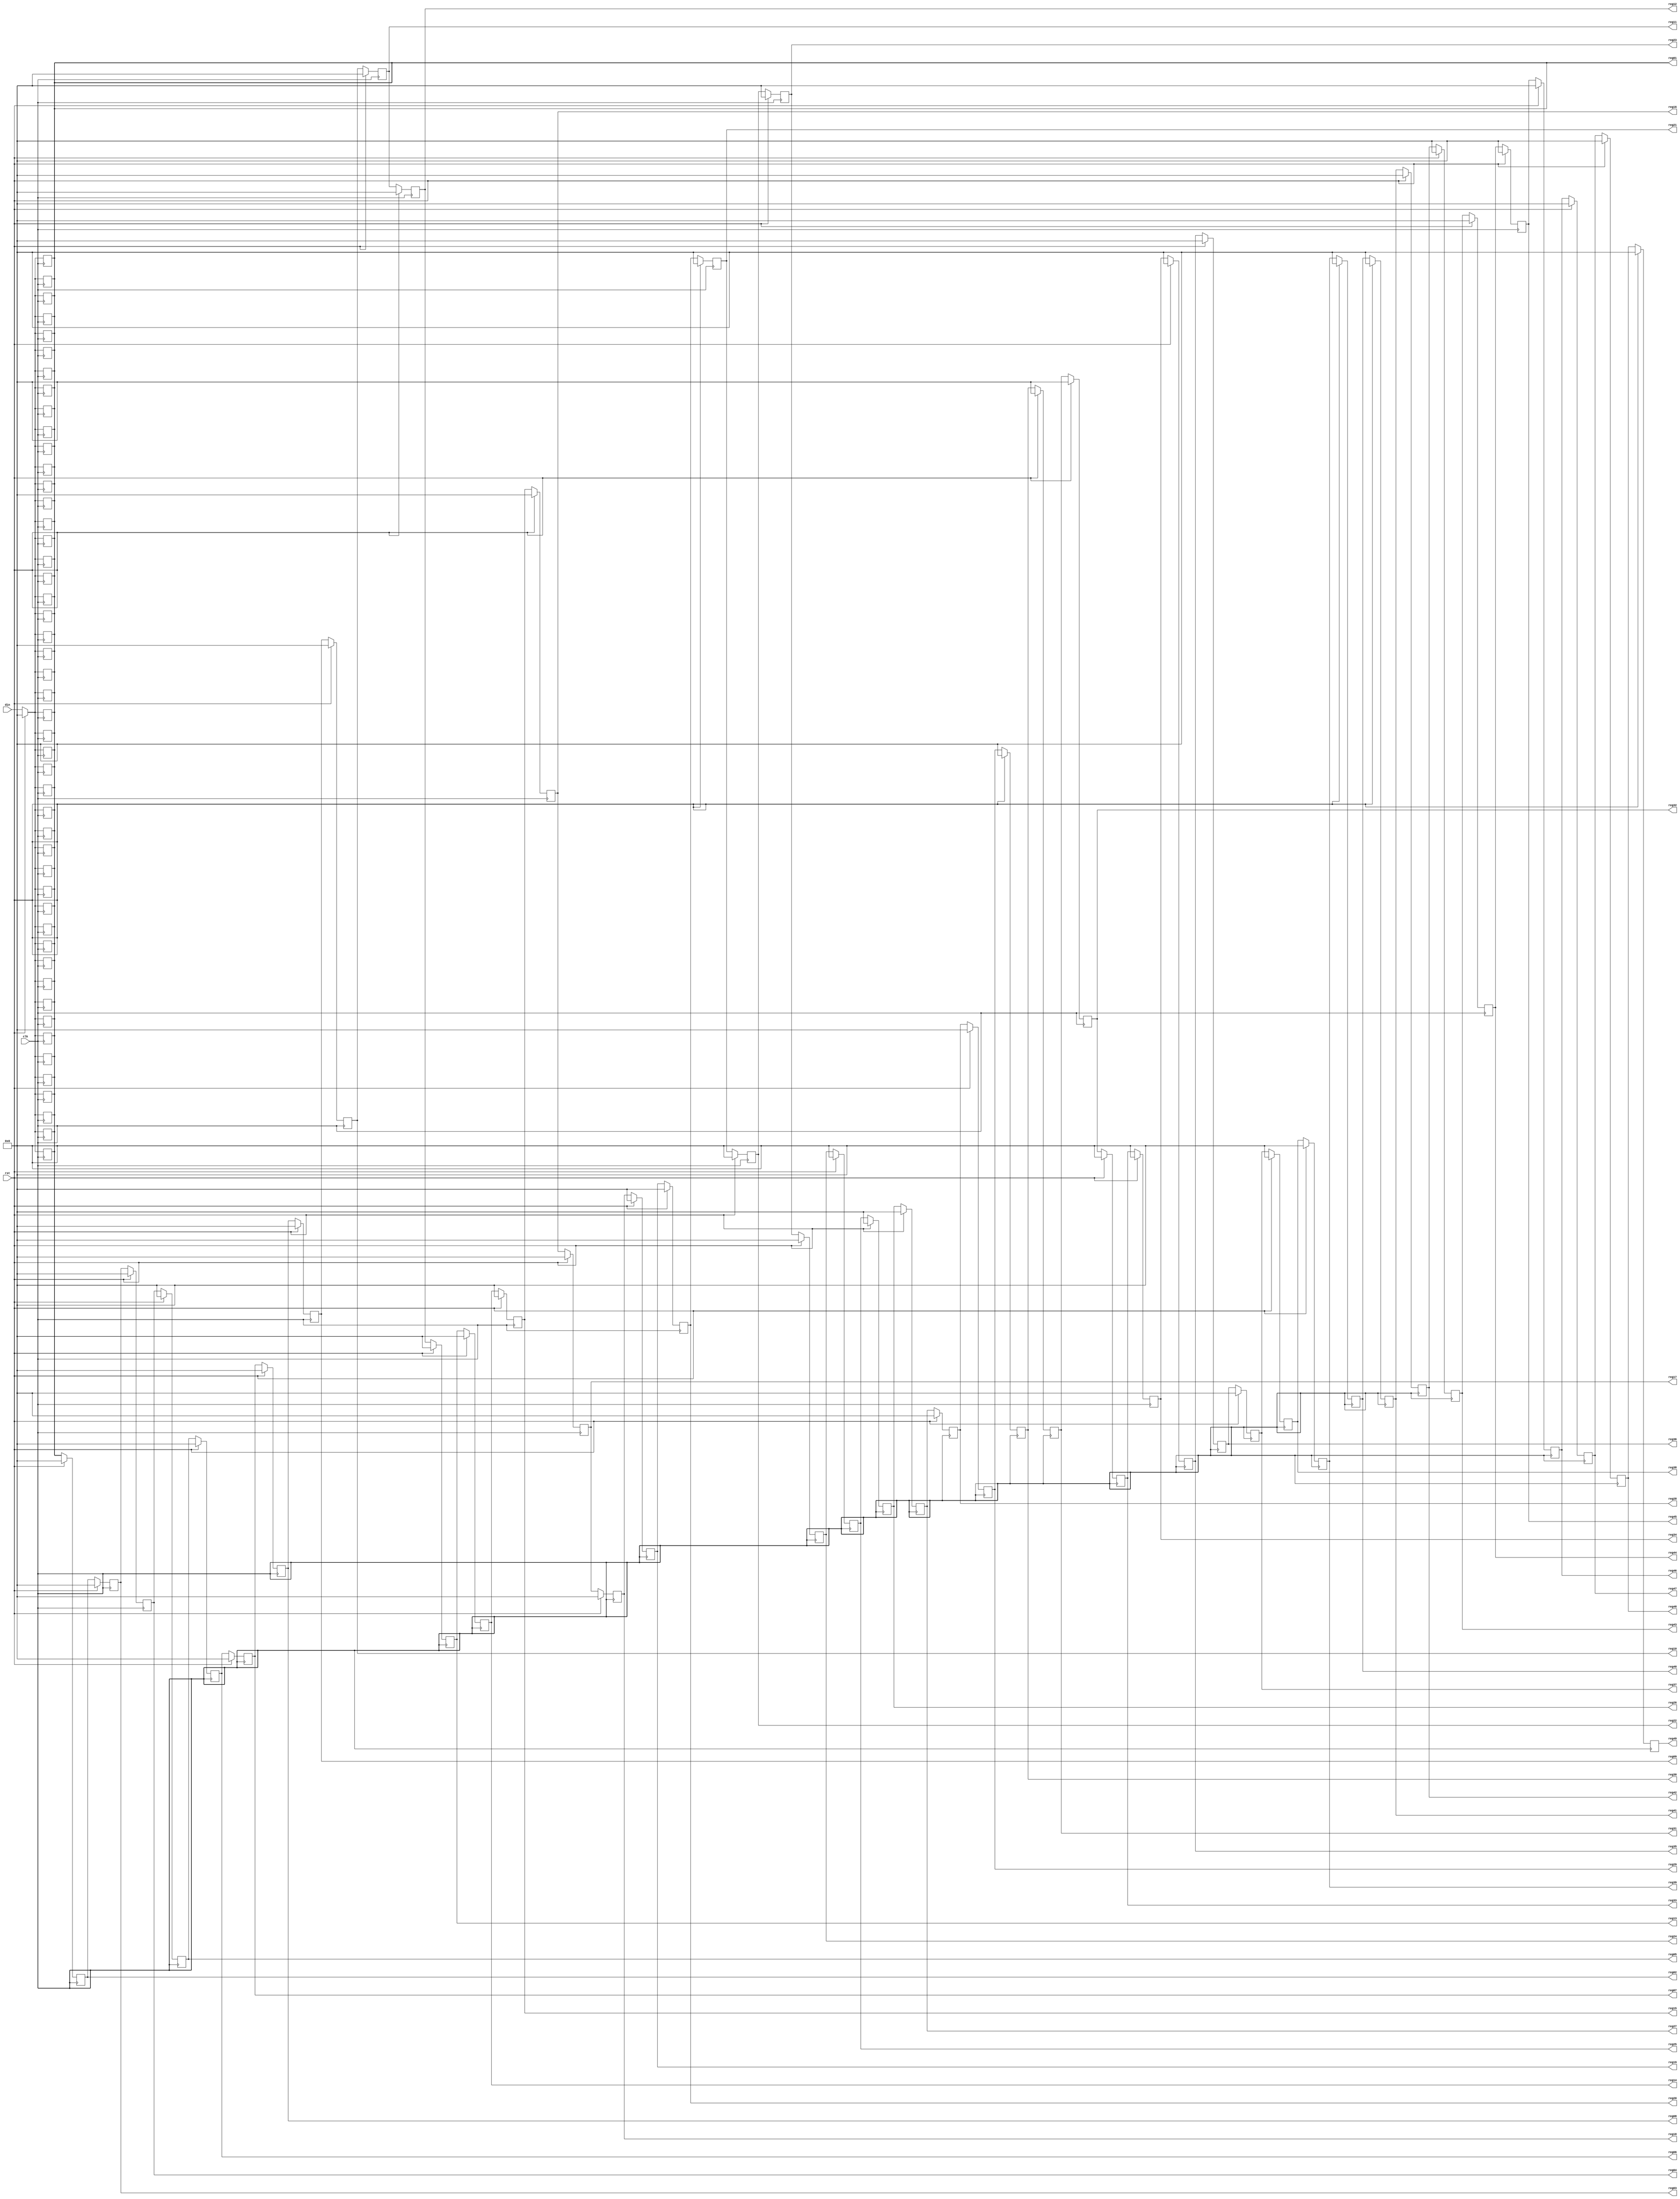
`timescale 1ns / 1ps
//////////////////////////////////////////////////////////////////////////////////
// Company: HITSZ
// 
// Design Name: 
// Module Name: regs52
// Project Name: 
// Target Devices: 
// Tool Versions: 
// Description: 
// 
// Dependencies: 
// 
// Revision:
// Revision 0.01 - File Created
// Additional Comments:
// 
//////////////////////////////////////////////////////////////////////////////////


module regs49 
#(
parameter DATA_WIDTH = 14,
parameter REGDEPTH = 49
)
(
input wire clk,
input wire rst,
input wire [DATA_WIDTH - 1:0] din,

output wire [DATA_WIDTH - 1:0] reg49,
output wire [DATA_WIDTH - 1:0] reg48,
output wire [DATA_WIDTH - 1:0] reg47,
output wire [DATA_WIDTH - 1:0] reg46,
output wire [DATA_WIDTH - 1:0] reg45,
output wire [DATA_WIDTH - 1:0] reg44,
output wire [DATA_WIDTH - 1:0] reg43,
output wire [DATA_WIDTH - 1:0] reg42,
output wire [DATA_WIDTH - 1:0] reg41,
output wire [DATA_WIDTH - 1:0] reg40,
output wire [DATA_WIDTH - 1:0] reg39,
output wire [DATA_WIDTH - 1:0] reg38,
output wire [DATA_WIDTH - 1:0] reg37,
output wire [DATA_WIDTH - 1:0] reg36,
output wire [DATA_WIDTH - 1:0] reg35,
output wire [DATA_WIDTH - 1:0] reg34,
output wire [DATA_WIDTH - 1:0] reg33,
output wire [DATA_WIDTH - 1:0] reg32,
output wire [DATA_WIDTH - 1:0] reg31,
output wire [DATA_WIDTH - 1:0] reg30,
output wire [DATA_WIDTH - 1:0] reg29,
output wire [DATA_WIDTH - 1:0] reg28,
output wire [DATA_WIDTH - 1:0] reg27,
output wire [DATA_WIDTH - 1:0] reg26,
output wire [DATA_WIDTH - 1:0] reg25,
output wire [DATA_WIDTH - 1:0] reg24,
output wire [DATA_WIDTH - 1:0] reg23,
output wire [DATA_WIDTH - 1:0] reg22,
output wire [DATA_WIDTH - 1:0] reg21,
output wire [DATA_WIDTH - 1:0] reg20,
output wire [DATA_WIDTH - 1:0] reg19,
output wire [DATA_WIDTH - 1:0] reg18,
output wire [DATA_WIDTH - 1:0] reg17,
output wire [DATA_WIDTH - 1:0] reg16,
output wire [DATA_WIDTH - 1:0] reg15,
output wire [DATA_WIDTH - 1:0] reg14,
output wire [DATA_WIDTH - 1:0] reg13,
output wire [DATA_WIDTH - 1:0] reg12,
output wire [DATA_WIDTH - 1:0] reg11,
output wire [DATA_WIDTH - 1:0] reg10,
output wire [DATA_WIDTH - 1:0] reg09,
output wire [DATA_WIDTH - 1:0] reg08,
output wire [DATA_WIDTH - 1:0] reg07,
output wire [DATA_WIDTH - 1:0] reg06,
output wire [DATA_WIDTH - 1:0] reg05,
output wire [DATA_WIDTH - 1:0] reg04,
output wire [DATA_WIDTH - 1:0] reg03,
output wire [DATA_WIDTH - 1:0] reg02,
output wire [DATA_WIDTH - 1:0] reg01
);

reg [DATA_WIDTH - 1:0] mem[REGDEPTH - 1:0];

genvar i;
generate
    for(i = 1;i < REGDEPTH;i = i + 1)
    begin
        always @(posedge clk)
        begin
            if(rst)
            begin
                mem[i] <= 'd0;
                mem[0] <= 'd0;
            end
            else
            begin
                mem[0] <= din;
                mem[i] <= mem[i - 1];
            end
        end
    end
endgenerate
        


assign    reg49 = mem[48];
assign    reg48 = mem[47];
assign    reg47 = mem[46];
assign    reg46 = mem[45];
assign    reg45 = mem[44];
assign    reg44 = mem[43];
assign    reg43 = mem[42];
assign    reg42 = mem[41];
assign    reg41 = mem[40];
assign    reg40 = mem[39];
assign    reg39 = mem[38];
assign    reg38 = mem[37];
assign    reg37 = mem[36];
assign    reg36 = mem[35];
assign    reg35 = mem[34];
assign    reg34 = mem[33];
assign    reg33 = mem[32];
assign    reg32 = mem[31];
assign    reg31 = mem[30];
assign    reg30 = mem[29];
assign    reg29 = mem[28];
assign    reg28 = mem[27];
assign    reg27 = mem[26];
assign    reg26 = mem[25];
assign    reg25 = mem[24];
assign    reg24 = mem[23];
assign    reg23 = mem[22];
assign    reg22 = mem[21];
assign    reg21 = mem[20];
assign    reg20 = mem[19];
assign    reg19 = mem[18];
assign    reg18 = mem[17];
assign    reg17 = mem[16];
assign    reg16 = mem[15];
assign    reg15 = mem[14];
assign    reg14 = mem[13];
assign    reg13 = mem[12];
assign    reg12 = mem[11];
assign    reg11 = mem[10];
assign    reg10 = mem[09];
assign    reg09 = mem[08];
assign    reg08 = mem[07];
assign    reg07 = mem[06];
assign    reg06 = mem[05];
assign    reg05 = mem[04];
assign    reg04 = mem[03];
assign    reg03 = mem[02];
assign    reg02 = mem[01];
assign    reg01 = mem[00];
        
        
endmodule